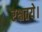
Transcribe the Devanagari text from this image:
रक्षतये।